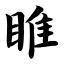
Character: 睢